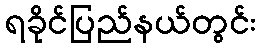
ရခိုင်ပြည်နယ်တွင်း